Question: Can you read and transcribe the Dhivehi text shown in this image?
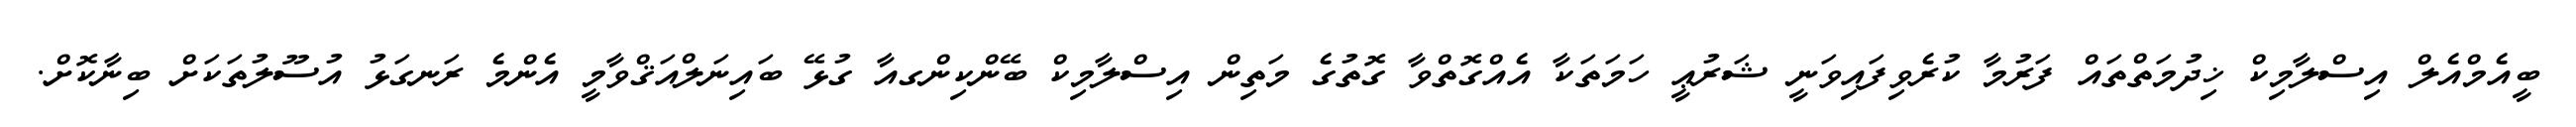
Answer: ބީއެމްއެލް އިސްލާމިކް ޚިދުމަތްތައް ފަރުމާ ކުރެވިފައިވަނީ ޝަރުޢީ ހަމަތަކާ އެއްގޮތްވާ ގޮތުގެ މަތިން އިސްލާމިކް ބޭންކިންގއާ ގުޅޭ ބައިނަލްއަޤްވާމީ އެންމެ ރަނގަޅު އުސޫލުތަކަށް ބިނާކޮށް.